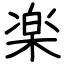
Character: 楽